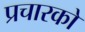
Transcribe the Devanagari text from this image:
प्रचारको